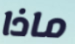
ماذا